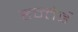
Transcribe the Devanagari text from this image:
हन्तेई